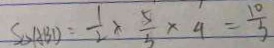
S _ { \Delta A B D } = \frac { 1 } { 2 } \times \frac { 5 } { 3 } \times 4 = \frac { 1 0 } { 3 }